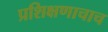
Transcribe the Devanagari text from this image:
प्रशिक्षणाचाच